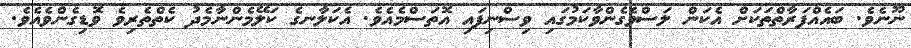
ނޫނެވެ. ބައެއްފަރާތްތަކަށް އެކަން ލަސްވެގެންވާކަމުގައި ވިސްނިފައި އޮތަސްމެއެވެ. އެކަލާނގެ ކަލޭމެންނާމެދު ކެތްތެރިވެ ވޮޑިގެންވެއެވެ.